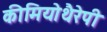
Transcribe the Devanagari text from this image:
कीमियोथैरेपी